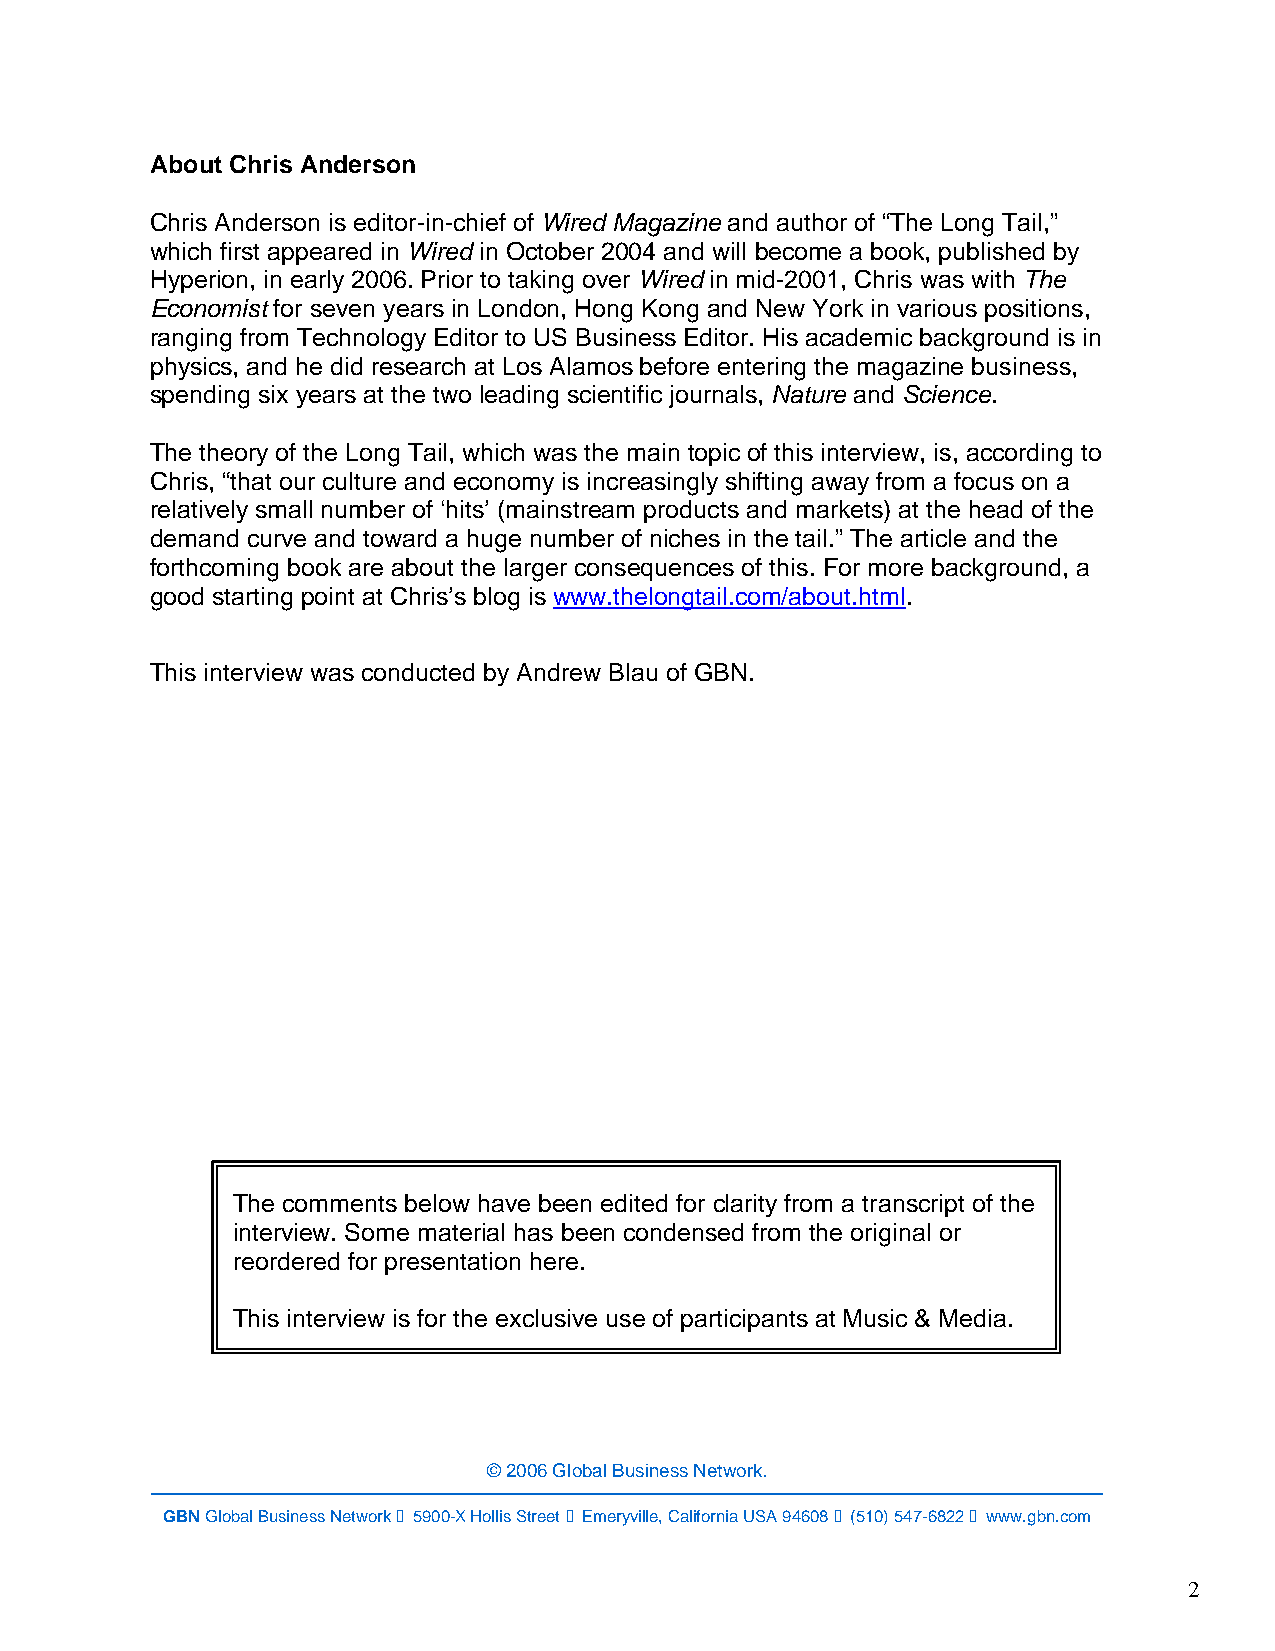
About Chris Anderson
 Chris Anderson is editor-in-chief of Wired Magazine and author of “The Long Tail,”
 which first appeared in Wired in October 2004 and will become a book, published by
 Hyperion, in early 2006. Prior to taking over Wired in mid-2001, Chris was with The
 Economist for seven years in London, Hong Kong and New York in various positions,
 ranging from Technology Editor to US Business Editor. His academic background is in
 physics, and he did research at Los Alamos before entering the magazine business,
 spending six years at the two leading scientific journals, Nature and Science.
 The theory of the Long Tail, which was the main topic of this interview, is, according to
 Chris, “that our culture and economy is increasingly shifting away from a focus on a
 relatively small number of ‘hits’ (mainstream products and markets) at the head of the
 demand curve and toward a huge number of niches in the tail.” The article and the
 forthcoming book are about the larger consequences of this. For more background, a
 good starting point at Chris’s blog is www.thelongtail.com/about.html.
 This interview was conducted by Andrew Blau of GBN.
 The comments below have been edited for clarity from a transcript of the
 interview. Some material has been condensed from the original or
 reordered for presentation here.
 This interview is for the exclusive use of participants at Music & Media.
 © 2006 Global Business Network.
 GBN Global Business Network  5900-X Hollis Street  Emeryville, California USA 94608  (510) 547-6822  www.gbn.com
 GBN Global Business Network • Chris Anderson • Music and Media
 2